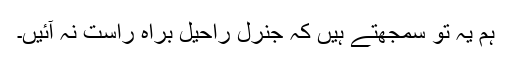
ہم یہ تو سمجھتے ہیں کہ جنرل راحیل براہ راست نہ آئیں۔